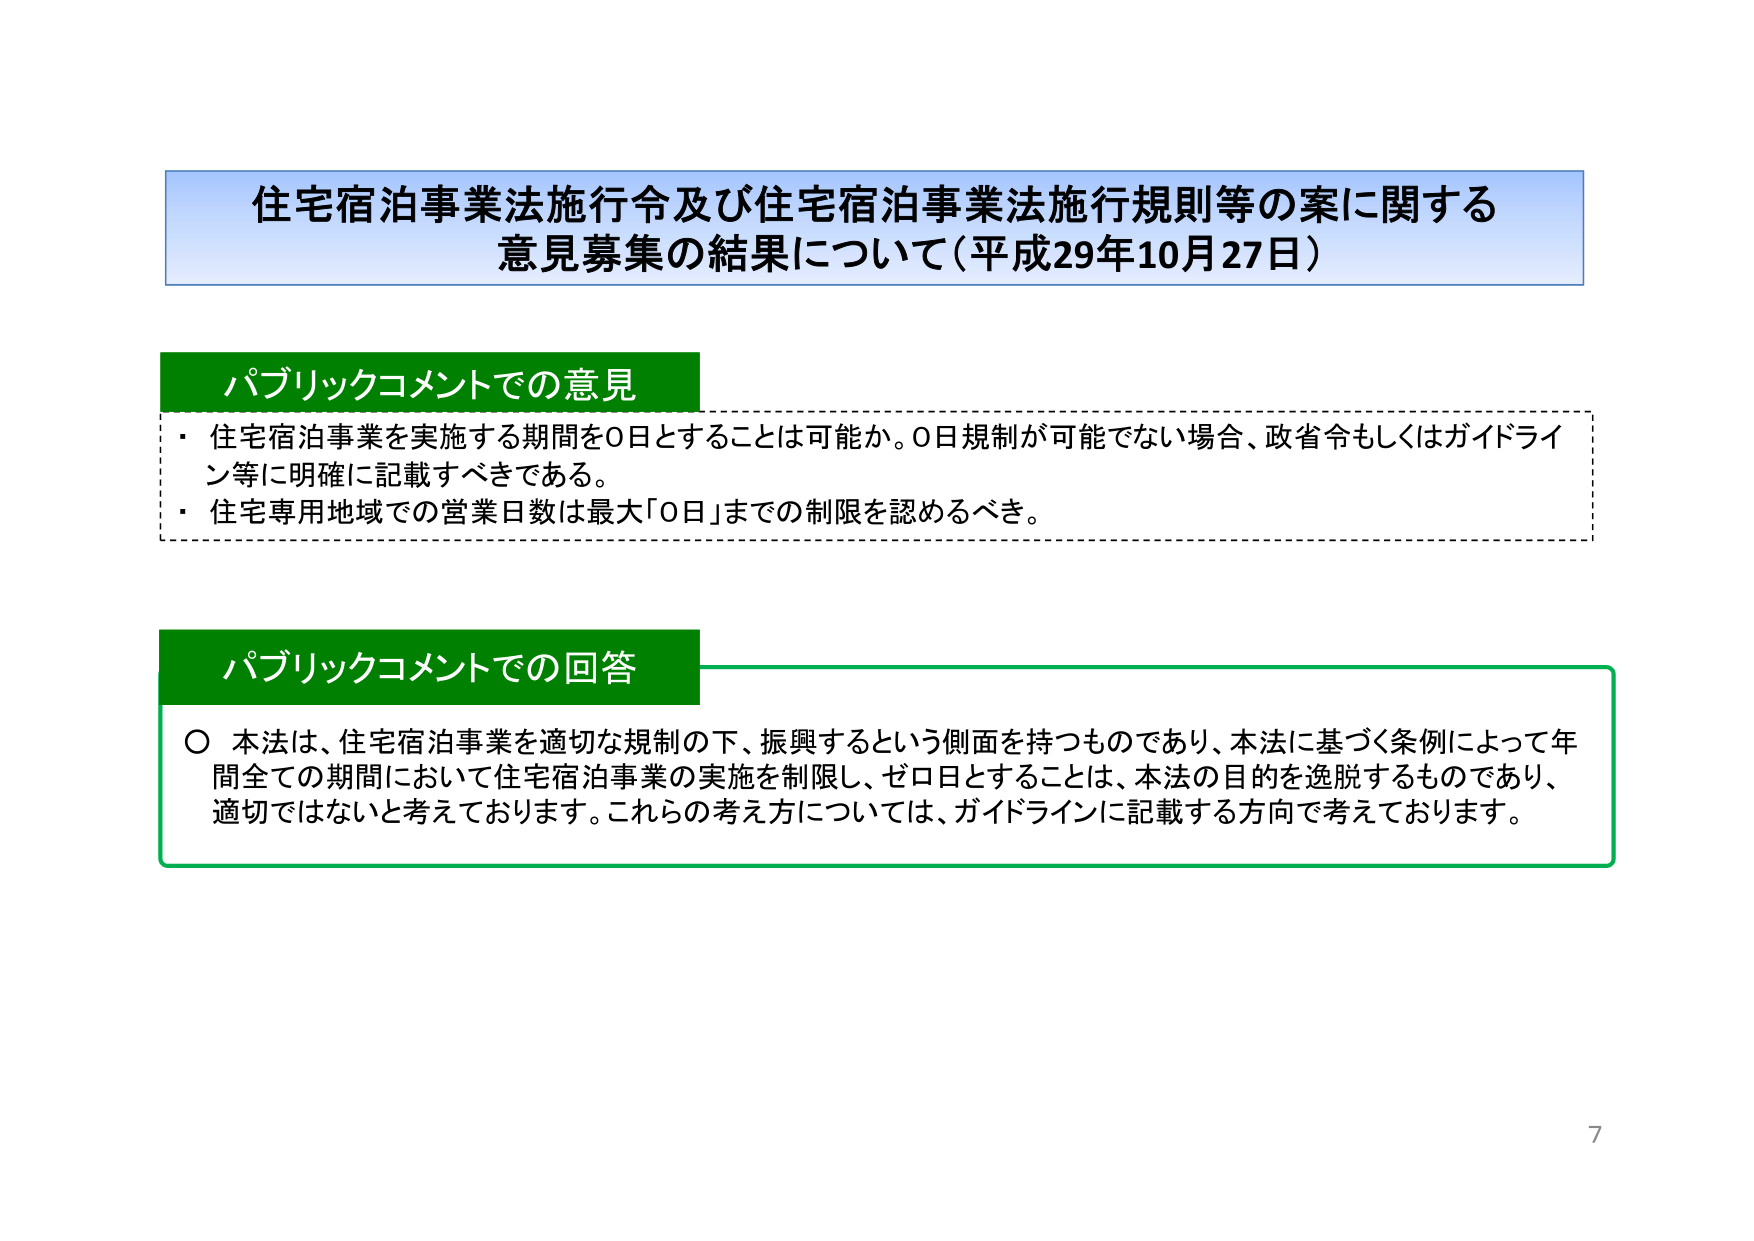
住宅宿泊事業法施行令及び住宅宿泊事業法施行規則等の案に関する
意見募集の結果について（平成29年10月27日）

パブリックコメントでの意見
・住宅宿泊事業を実施する期間を0日とすることは可能か。0日規制が可能でない場合、政省令もしくはガイドライン等に明確に記載すべきである。
・住宅専用地域での営業日数は最大「0日」までの制限を認めるべき。

パブリックコメントでの回答
〇 本法は、住宅宿泊事業を適切な規制の下、振興するという側面を持つものであり、本法に基づく条例によって年間全ての期間において住宅宿泊事業の実施を制限し、ゼロ日とすることは、本法の目的を逸脱するものであり、適切ではないと考えております。これらの考え方については、ガイドラインに記載する方向で考えております。

7